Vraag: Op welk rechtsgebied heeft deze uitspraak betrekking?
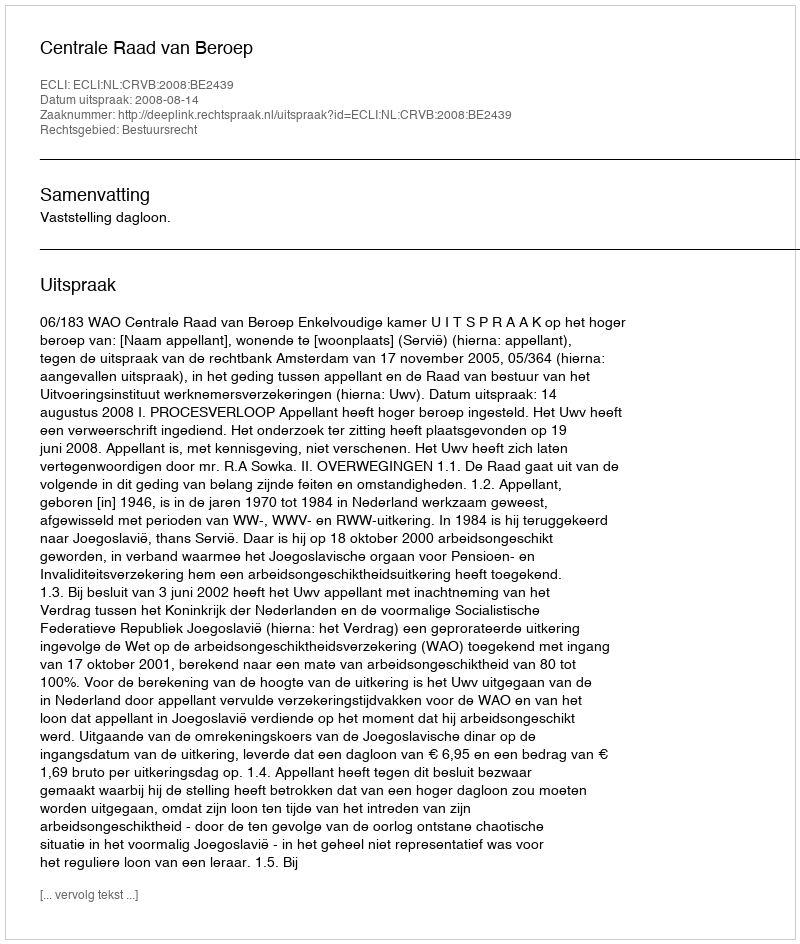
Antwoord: Bestuursrecht